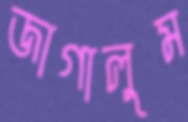
জাগালুম